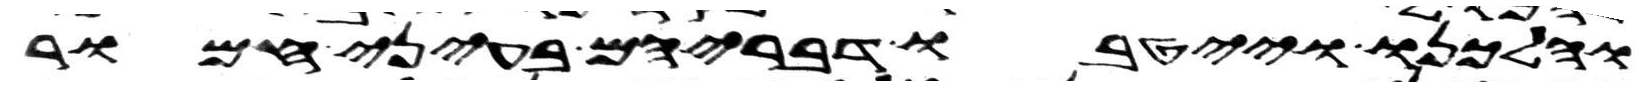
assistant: והלכנו וייטבו דבריהם בעיני חמור